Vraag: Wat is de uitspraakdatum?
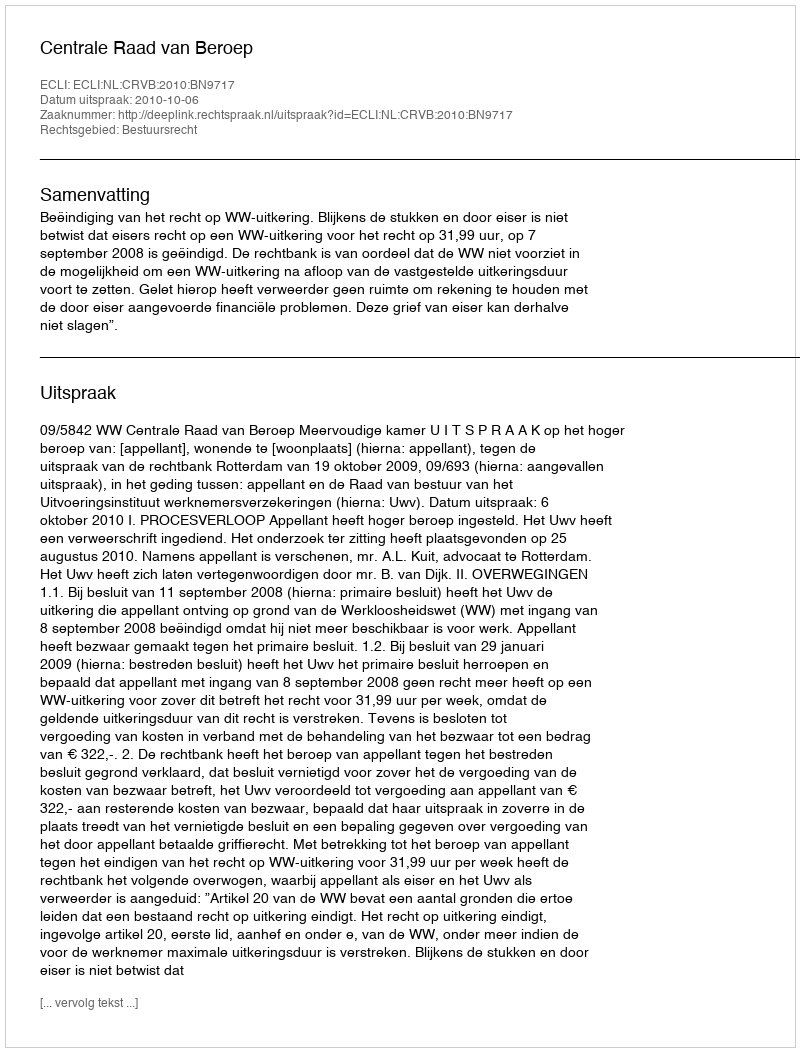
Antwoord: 2010-10-06